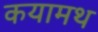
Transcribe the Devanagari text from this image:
कयामथ